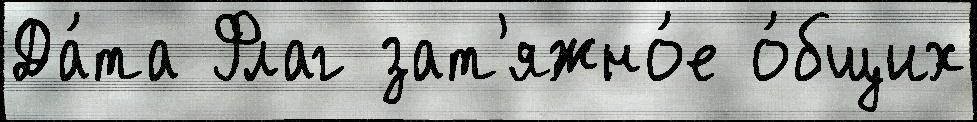
Да́та Флаг зат'яжно́е о́бщих